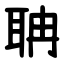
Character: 聃